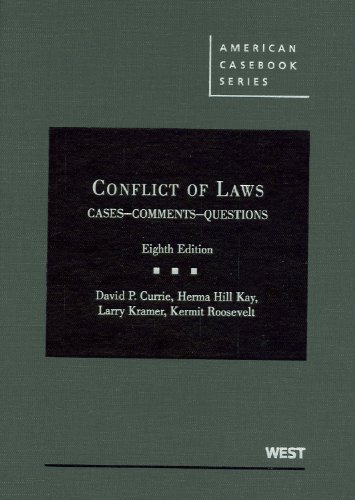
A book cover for Conflict of Laws, Cases, Comments, Questions (American Casebook Series); David Currie; Law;